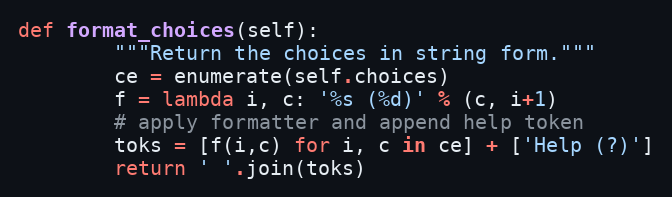
Language: Python
def format_choices(self):
        """Return the choices in string form."""
        ce = enumerate(self.choices)
        f = lambda i, c: '%s (%d)' % (c, i+1)
        # apply formatter and append help token
        toks = [f(i,c) for i, c in ce] + ['Help (?)']
        return ' '.join(toks)